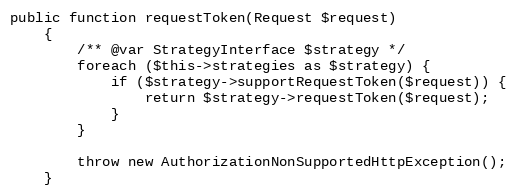
Language: PHP
public function requestToken(Request $request)
    {
        /** @var StrategyInterface $strategy */
        foreach ($this->strategies as $strategy) {
            if ($strategy->supportRequestToken($request)) {
                return $strategy->requestToken($request);
            }
        }

        throw new AuthorizationNonSupportedHttpException();
    }